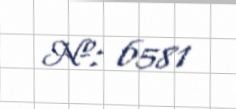
№: 6581